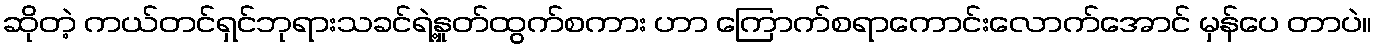
ဆိုတဲ့ ကယ်တင်ရှင်ဘုရားသခင်ရဲ့နှုတ်ထွက်စကား ဟာ ကြောက်စရာကောင်းလောက်အောင် မှန်ပေ တာပဲ။